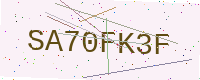
Text: SA70FK3F